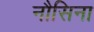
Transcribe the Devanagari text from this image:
नौसिना